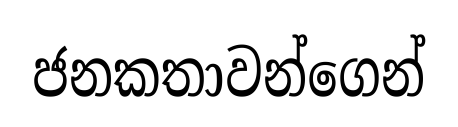
ජනකතාවන්ගෙන්